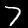
Digit: 7